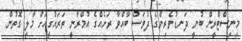
މިނިސްޓްރީން ބުނީ ދަނޑުވެރިންގެ ދުވަސް ބާއްވާ ރަށެއްގެ އުމްރާނީ ތަރައްގީއަށް މާލީ ގޮތުން